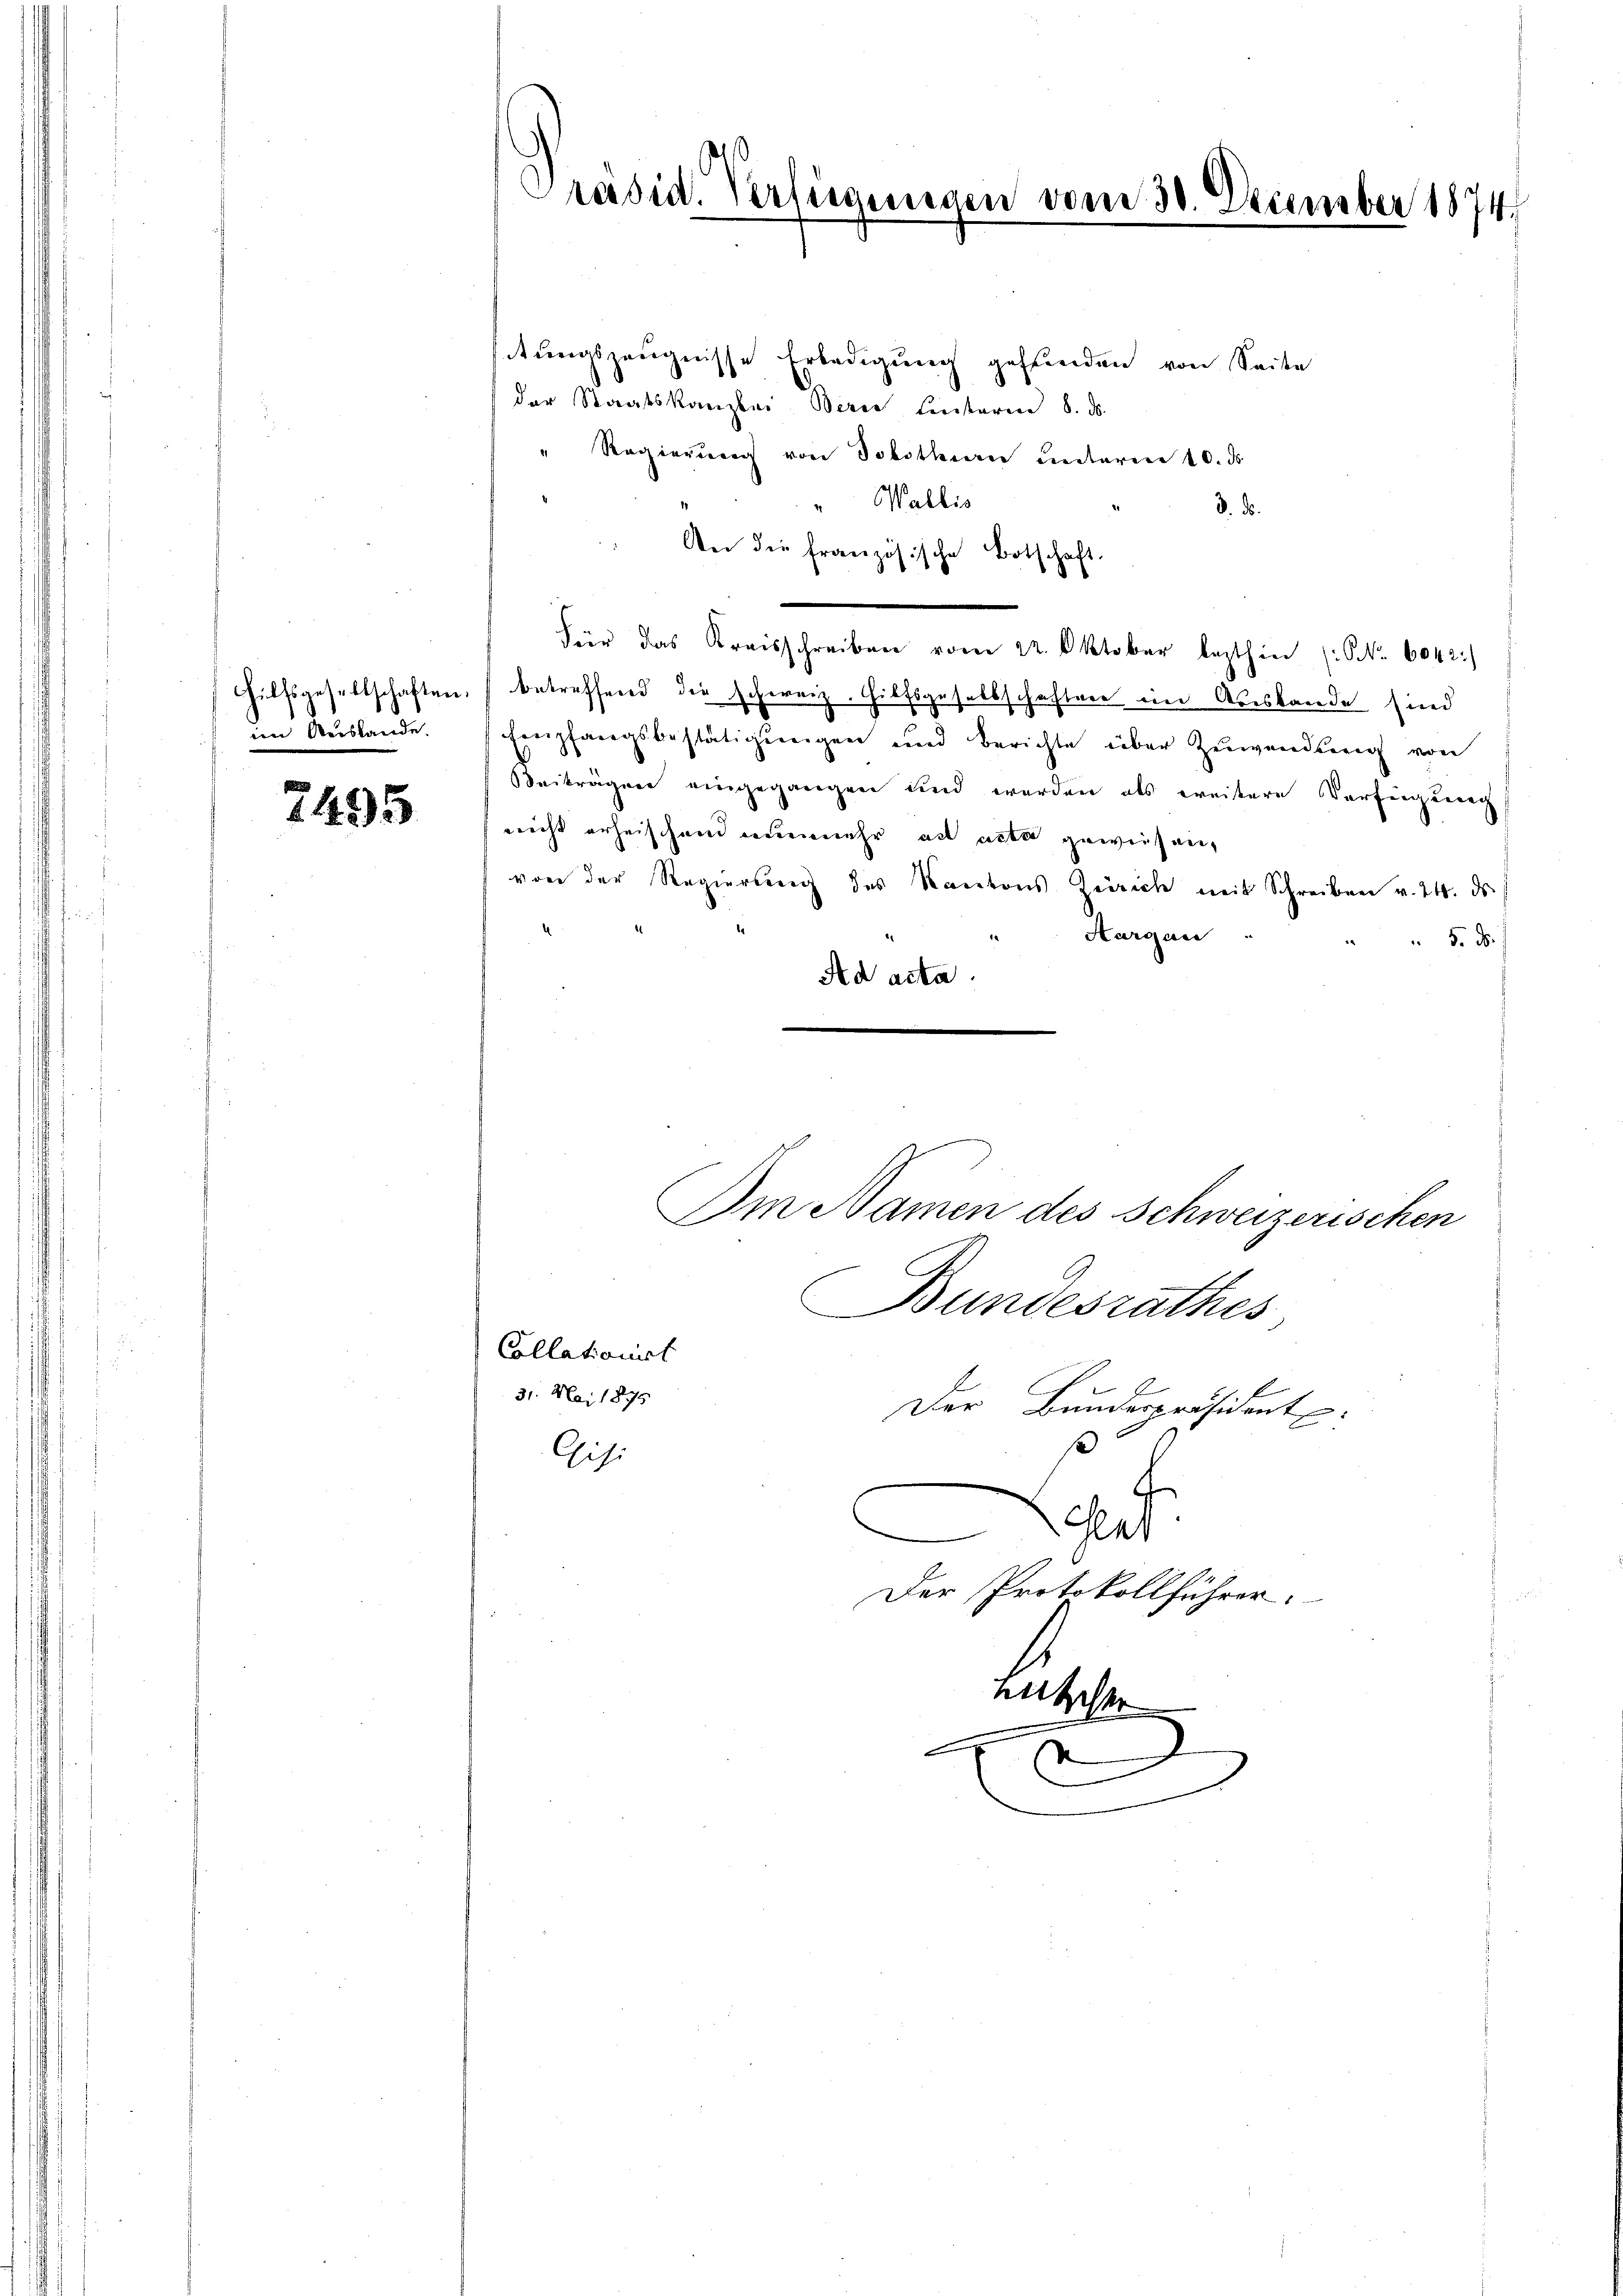
im Auslande.

e
1495

tungszeugnisse Erledigung gefunden von Seite
der Staatskanzlei Berei Einterm 8. ds.
" Regierŭng von Tobithan unteren 10. ds.
" Wallis
3. ds.
An die französische Botschaft
Für das Kreisschreiben vom 22. Oktober lezthin (Nr. 6042.)
Hilfsgesellschaften, betreffend die schweiz. Hilfsgesellschaften im Ausstande sind
Empfangsbestätigungen und berichte über Zuwendung von
Beiträgen eingegangen und werden als weitere Verfügung
nicht erheischend nunmehr ad actat geweisen,
von der Regierung des Kantons Zürich mit Schreiben v. 24. ds.
Aargau
 5. d.
Ad acta.
Im Namen des Schweizerischen
Bundesrathes
Collationirt
31. Mai 1875
Der Bundespräsident
s
Gisi
Gent
e
Der Protokollführer.
nutscher
x

Präsid. Verfügungen vom 30. December 1874.